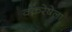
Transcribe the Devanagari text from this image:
वक्ररेषेला